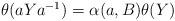
LaTeX: \begin{align*}\mbox{$\theta(aYa^{-1})=\alpha(a, B)\theta(Y)$}\end{align*}